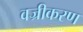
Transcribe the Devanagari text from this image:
वज्रीकरण